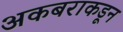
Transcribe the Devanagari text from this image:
अकबराकडून